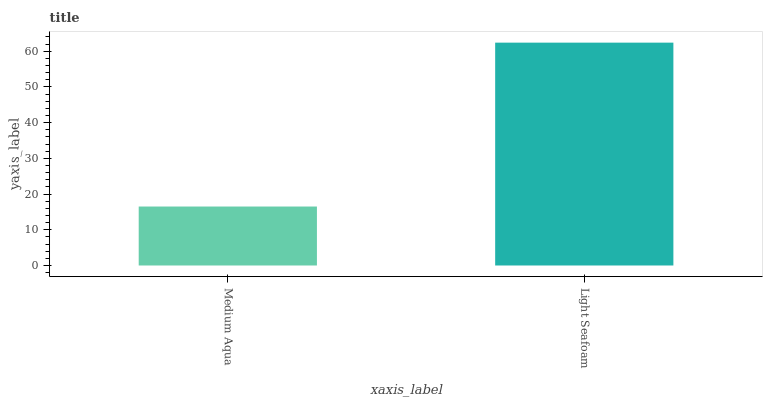
| xaxis_label | bars |
 | --- | --- |
 | Medium Aqua | 16.5 |
 | Light Seafoam | 62.4 |